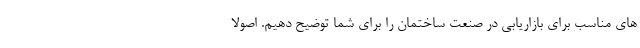
های مناسب برای بازاریابی در صنعت ساختمان را برای شما توضیح دهیم. اصولا